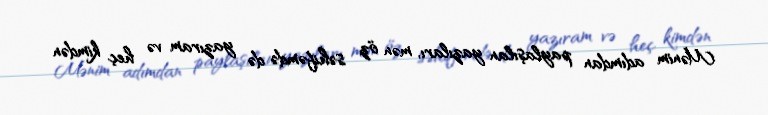
Mənim adımdan paylaşılan yazıları, mən öz səhifəmdə də yazıram və heç kimdən